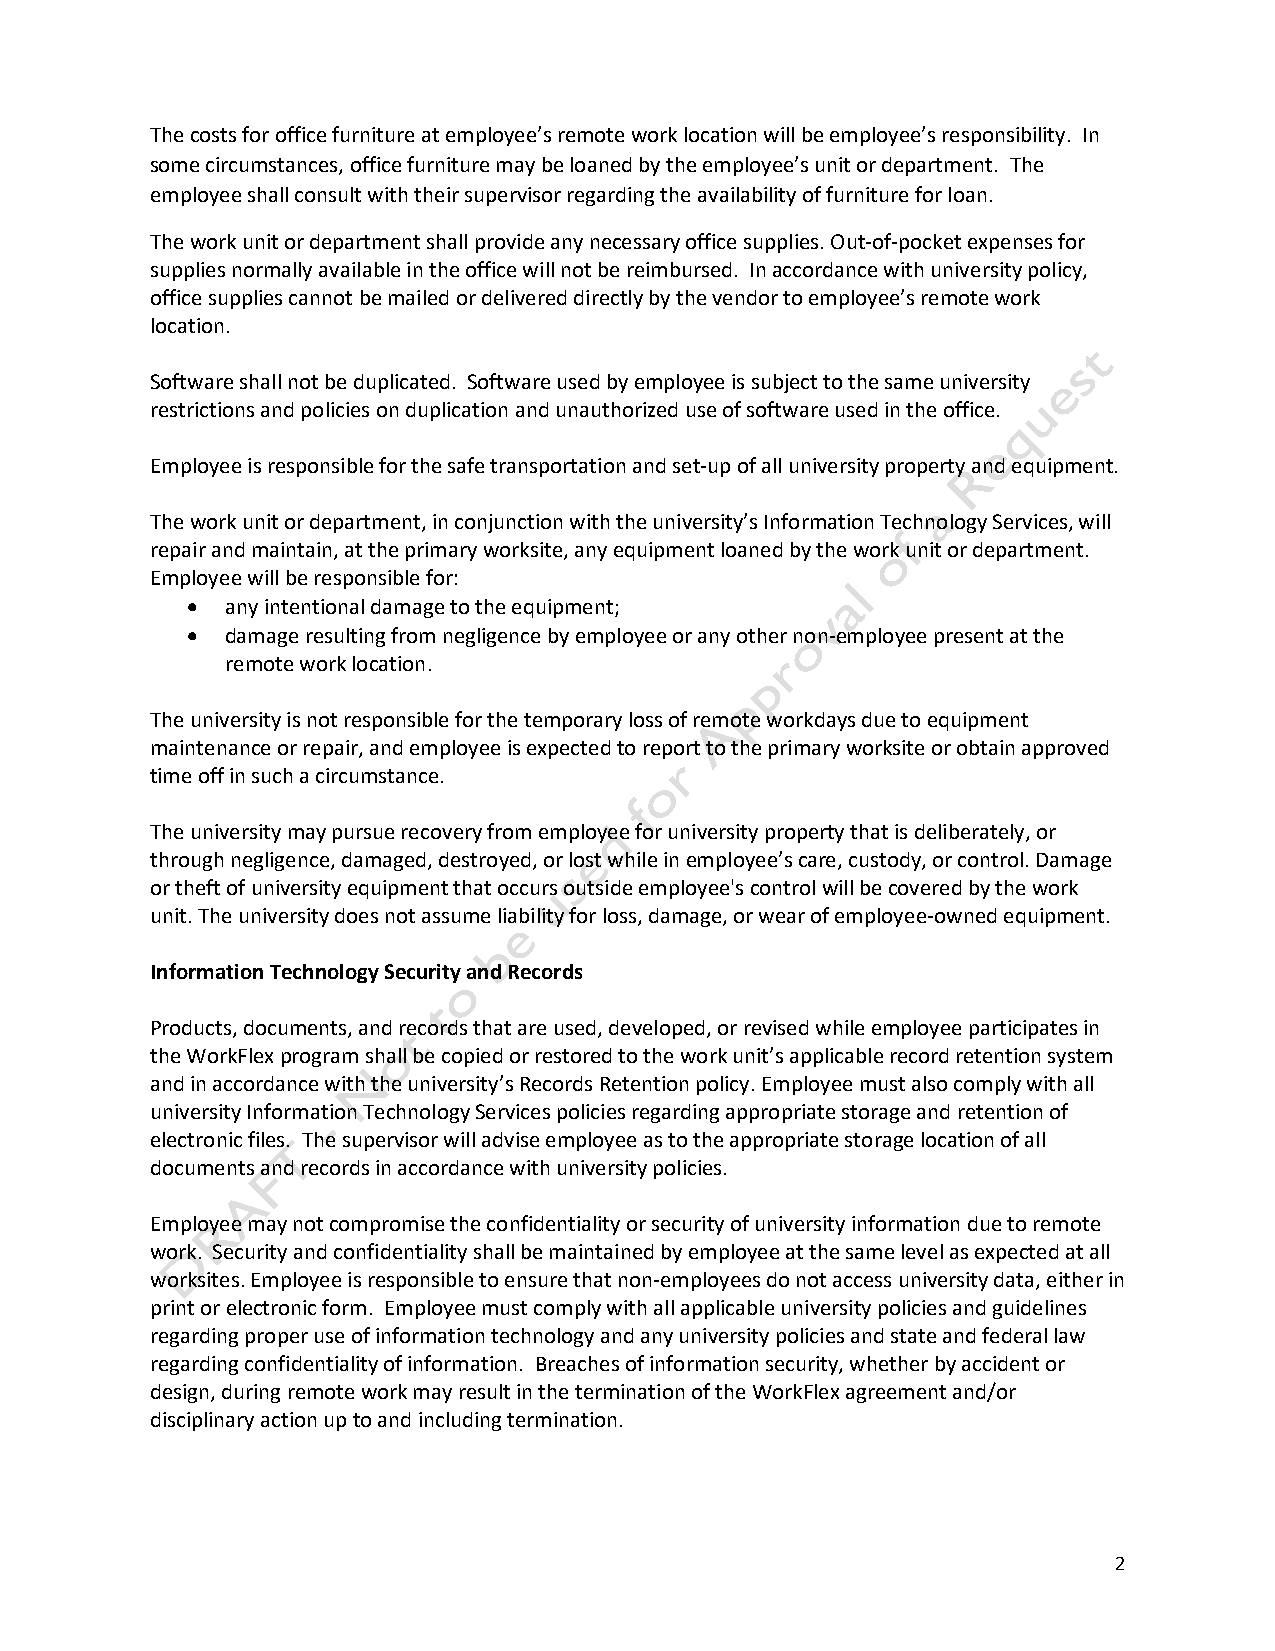
The costs for office furniture at employee’s remote work location will be employee’s responsibility. In
 some circumstances, office furniture may be loaned by the employee’s unit or department. The
 employee shall consult with their supervisor regarding the availability of furniture for loan.
 The work unit or department shall provide any necessary office supplies. Out-of-pocket expenses for
 supplies normally available in the office will not be reimbursed. In accordance with university policy,
 office supplies cannot be mailed or delivered directly by the vendor to employee’s remote work
 location.
 Software shall not be duplicated. Software used by employee is subject to the same university
 restrictions and policies on duplication and unauthorized use of software used in the office.
 Employee is responsible for the safe transportation and set-up of all university property and equipment.
 The work unit or department, in conjunction with the university’s Information Technology Services, will
 repair and maintain, at the primary worksite, any equipment loaned by the work unit or department.
 Employee will be responsible for:
 •  any intentional damage to the equipment;
 •  damage resulting from negligence by employee or any other non-employee present at the
 remote work location.
 The university is not responsible for the temporary loss of remote workdays due to equipment
 maintenance or repair, and employee is expected to report to the primary worksite or obtain approved
 time off in such a circumstance.
 The university may pursue recovery from employee for university property that is deliberately, or
 through negligence, damaged, destroyed, or lost while in employee’s care, custody, or control. Damage
 or theft of university equipment that occurs outside employee's control will be covered by the work
 unit. The university does not assume liability for loss, damage, or wear of employee-owned equipment.
 Information Technology Security and Records
 Products, documents, and records that are used, developed, or revised while employee participates in
 the WorkFlex program shall be copied or restored to the work unit’s applicable record retention system
 and in accordance with the university’s Records Retention policy. Employee must also comply with all
 university Information Technology Services policies regarding appropriate storage and retention of
 electronic files. The supervisor will advise employee as to the appropriate storage location of all
 documents and records in accordance with university policies.
 Employee may not compromise the confidentiality or security of university information due to remote
 work. Security and confidentiality shall be maintained by employee at the same level as expected at all
 worksites. Employee is responsible to ensure that non-employees do not access university data, either in
 print or electronic form. Employee must comply with all applicable university policies and guidelines
 regarding proper use of information technology and any university policies and state and federal law
 regarding confidentiality of information. Breaches of information security, whether by accident or
 design, during remote work may result in the termination of the WorkFlex agreement and/or
 disciplinary action up to and including termination.
 2